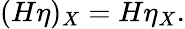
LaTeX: (H\eta)_{X}=H\eta_{X}.